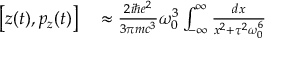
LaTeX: \begin{array} { r l } { \left[ z ( t ) , p _ { z } ( t ) \right] } & { { } \approx { \frac { 2 i \hbar e ^ { 2 } } { 3 \pi m c ^ { 3 } } } \omega _ { 0 } ^ { 3 } \int _ { - \infty } ^ { \infty } { \frac { d x } { x ^ { 2 } + \tau ^ { 2 } \omega _ { 0 } ^ { 6 } } } } \end{array}